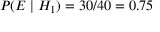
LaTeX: P ( E \mid H _ { 1 } ) = 3 0 / 4 0 = 0 . 7 5